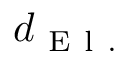
d _ { \mathrm { ~ E ~ l ~ . ~ } }